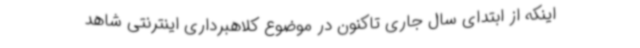
اینکه از ابتدای سال جاری تاکنون در موضوع کلاهبرداری اینترنتی شاهد